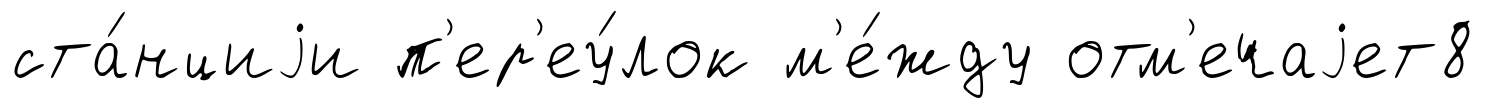
ста́нциjи п'ер'еу́лок м'е́жду отм'ечаjет8